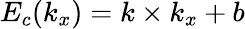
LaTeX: E_{c}(k_{x})=k\times k_{x}+b